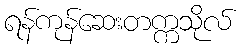
ရန်ကုန်ဆေးတက္ကသိုလ်